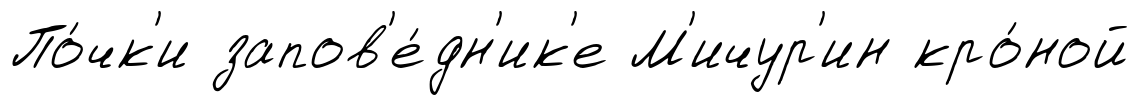
По́чк'и запов'е́дн'ик'е М'ичур'ин кро́ной